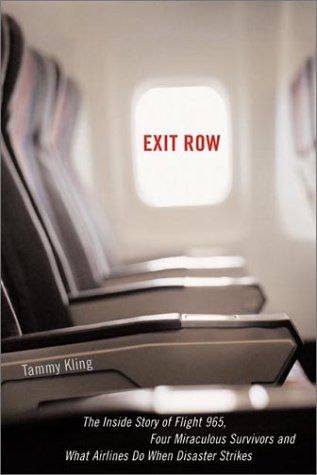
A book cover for Exit Row: The Inside Story of Flight 965, Four Miraculous Survivors and What Airlines Do When Disaster Strikes; Tammy L. Kling; Travel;